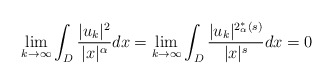
\begin{align*}\lim\limits_{k \to \infty} \int_{D} \frac{|u_k|^2}{|x|^\alpha} dx =\lim\limits_{k \to \infty} \int_{D} \frac{|u_k|^{2_{\alpha}^*(s)}}{|x|^{s}} dx =0\end{align*}